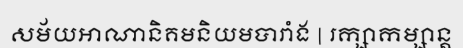
សម័យអាណានិគមនិយមបារាំង | រក្សាកម្សាន្ត